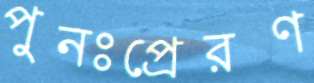
পুনঃপ্রেরণ